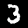
Digit: 3